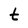
Character: t